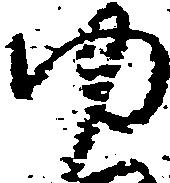
ゆ